Report on plague and inoculation in the Punjab from October 1st ... to September 30th..., being the ... season of plague in the province
Disease focus: Plague
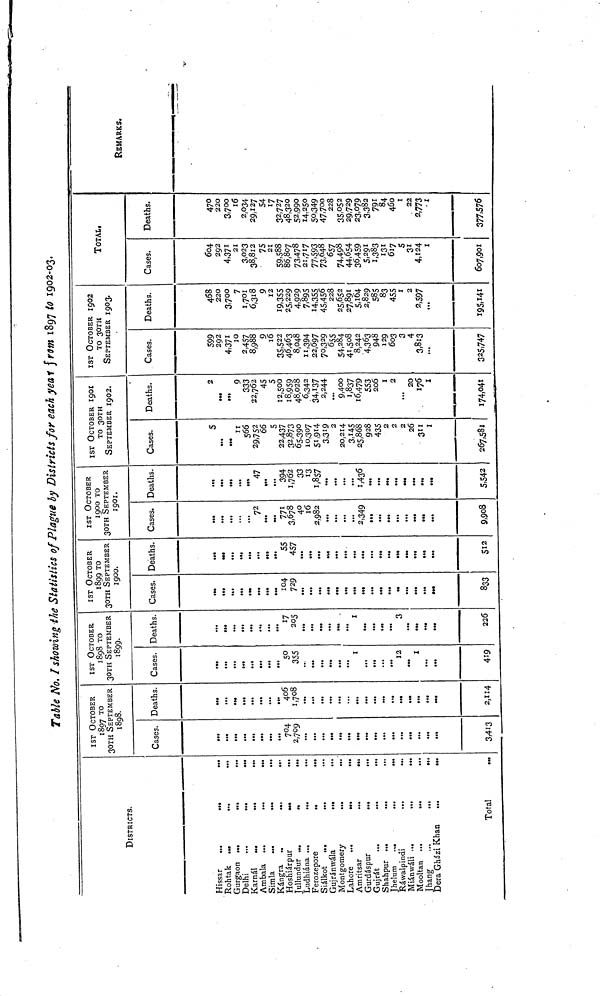
Table No. I showing the Statistics of Plague by Districts for each year from 1897 to 1902-03.
DISTRICTS.
Hissar
...
Rohtak ...
Gurgaon ...
Delhi
Karnál
...
Ambala ...
Simla
Kángra
Hoshiárpur
JuUundur ...
Ludhiána ...
Ferozepore
Siálkot
...
Gujránwála
Montgomery
Lahore
Amritsar
Gurdáspur
Gujrát
Shahpur ...
Jhelum
...
Ráwalpindi
Miánwáli ...
Mooltan ...
Jhang
Dera Gházi Khan
...
...
...
...
...
...
.<•
...
•••
...
...
...
...
.,.
...
...
...
...
...
...
...
...
...
...
...
...
Total
...
...
...
...
...
...
...
...
...
...
...
...
...
...
...
...
...
...
...
...
...
...
...
...
...
...
...
IST OCTOBER
1897 TO
30TH SEPTEMBER
1898.
Cases.
...
...
...
...
...
...
...
...
704
2,709
...
...
...
...
...
...
...
...
...
...
...
...
...
...
...
...
3,413
Deaths.
...
...
...
...
...
...
...
...
406
1,708
...
...
...
...
...
...
...
...
...
...
...
...
...
...
...
...
2,114
IST OCTOBER
1898 TO
30TH SEPTEMBER
1899.
Cases.
...
...
...
...
...
...
...
...
50
355
..
...
...
...
...
...
1
...
...
...
...
12
...
1
...
...
419
Deaths.
...
...
...
...
...
...
...
...
205
...
...
...
...
•••
...
1
...
...
...
...
3
...
...
•••
...
226
IST OCTOBER
1899 TO
30TH SEPTEMBER
1900.
Cases.
...
...
...
...
...
...
...
...
104
729
...
...
...
...
...
...
...
...
...
...
...
••
...
...
...
...
833
Deaths.
...
•••
...
...
...
...
...
...
55
457
...
...
...
...
...
...
...
...
...
...
».
...
...
...
512
IST OCTOBER
1900 TO
30TH SEPTEMBER
1901.
Cases.
...
...
...
...
...
72
...
771
3,678
40
16
2,982
...
...
...
...
2,349
•••
...
...
...
...
...
...
...
9,908
Deaths.
...
...
...
...
...
47
...
...
394
1,762
33
13
1,857
...
...
...
...
1,436
...
...
...
...
...
...
...
...
S,542
IST OCTOBER 1901
TO 30TH
SEPTEMBER 1902.
Cases.
5
...
a.«
II
566
29,752
66
5
22,437
32,873
65,390
10,307
51,914
3,319
2
20,214
3,145
25,868
928
435
2
2
2
26
3"
1
267,581
Deaths.
2
•••
...
9
333
22,762
45
5
12,500
18,959
48,028
6,342
34,137
2,244
...
9,400
1,837
16,479
553
200
1
2
...
20
176
1
174,041
IST OCTOBER 1902
TO 30TH
SEPTEMBER 1903.
Cases.
599
292
4,371
10
2,457
8,988
9
16
35,522
46,463
8,048
n,394
22,697
70,329
655
54,284
41,508
8,242
4,363
948
129
603
3
4
3,813
...
325,747
Deaths.
468
220
3,700
7
1,701
6,318
9
12
19,355
25,229
4,929
7,895
14,355
45,456
228
25,652
27,891
5,164
2,829
585
83
455
1
2
2,597
...
195,141
TOTAL.
Cases.
604
292
4,371
21
3,023
38,812
75
21
59,588
86,807
73,478
21,717
77,593
73,648
657
74,498
44,654
36,459
5,291
1,383
131
617
5
31
4,124
1
607,901
Deaths.
470
220
3,700
16
2,034
29,127
54
17
32,727
48,320
52,990
14,250
50,349
47,700
228
35,052
29,-729
23,079
3,382
791
84
460
1
22
2,773
1
377,576
REMARKS.